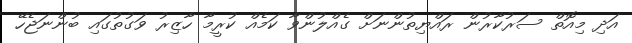
އަދި މިއޮތް ސަރުކާރުން ރައްޔިތުންނަށް ގެއްލުންވާ ކަމެއް ކުރީމާ ހާޒިރު ވަގުތުގައި ބުންނަޖެހޭ